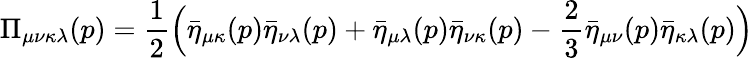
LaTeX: \Pi_{\mu\nu\kappa\lambda}(p)={\frac{1}{2}}{\Big(}{\bar{\eta}}_{\mu\kappa}(p){\bar{\eta}}_{\nu\lambda}(p)+{\bar{\eta}}_{\mu\lambda}(p){\bar{\eta}}_{\nu\kappa}(p)-{\frac{2}{3}}{\bar{\eta}}_{\mu\nu}(p){\bar{\eta}}_{\kappa\lambda}(p){\Big)}